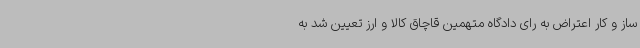
ساز و کار اعتراض به رای دادگاه متهمین قاچاق کالا و ارز تعیین شد به